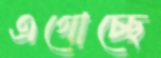
এগোচ্ছে